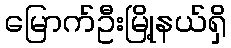
မြောက်ဦးမြို့နယ်ရှိ